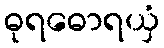
ဓုရဓောရယှံ